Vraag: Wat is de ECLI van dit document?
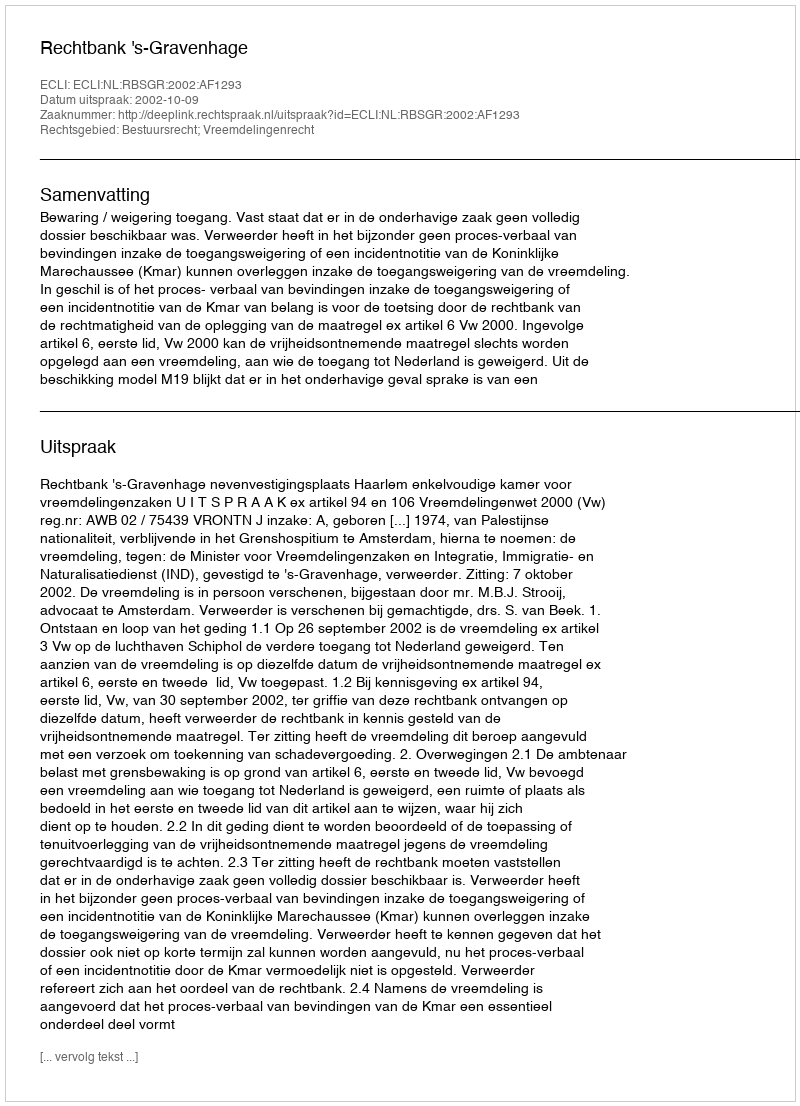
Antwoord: ECLI:NL:RBSGR:2002:AF1293